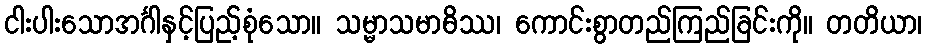
ငါးပါးသောအင်္ဂါနှင့်ပြည့်စုံသော။ သမ္မာသမာဓိဿ၊ ကောင်းစွာတည်ကြည်ခြင်းကို။ တတိယာ၊